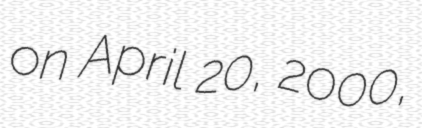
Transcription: on April 20, 2000,